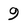
Character: 9